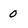
Character: 0